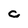
Character: C